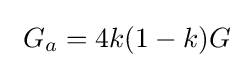
\ G_{a}=4k(1-k)G